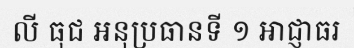
លី ធុជ អនុប្រធានទី ១ ឤជ្ញាធរ